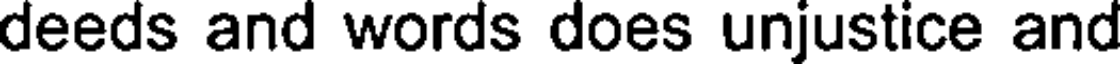
deeds and words does unjustice and